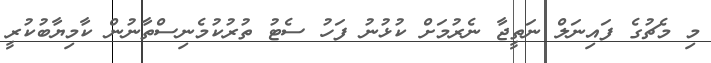
މި މެޗުގެ ފައިނަލް ނަތީޖާ ނެރުމަށް ކުޅުނު ފަހު ސެޓު ތުރުކުމެނިސްތާނުން ކާމިޔާބުކުރީ